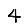
Digit: 4